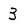
Character: 3